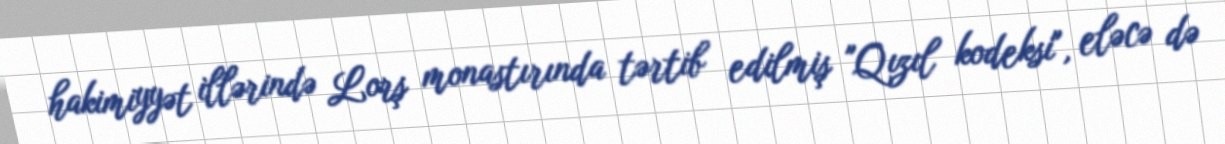
hakimiyyət illərində Lorş monastırında tərtib edilmiş "Qızıl kodeksi", eləcə də